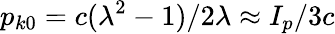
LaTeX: p_{k0}=c(\lambda^{2}-1)/2\lambda\approx I_{p}/3c